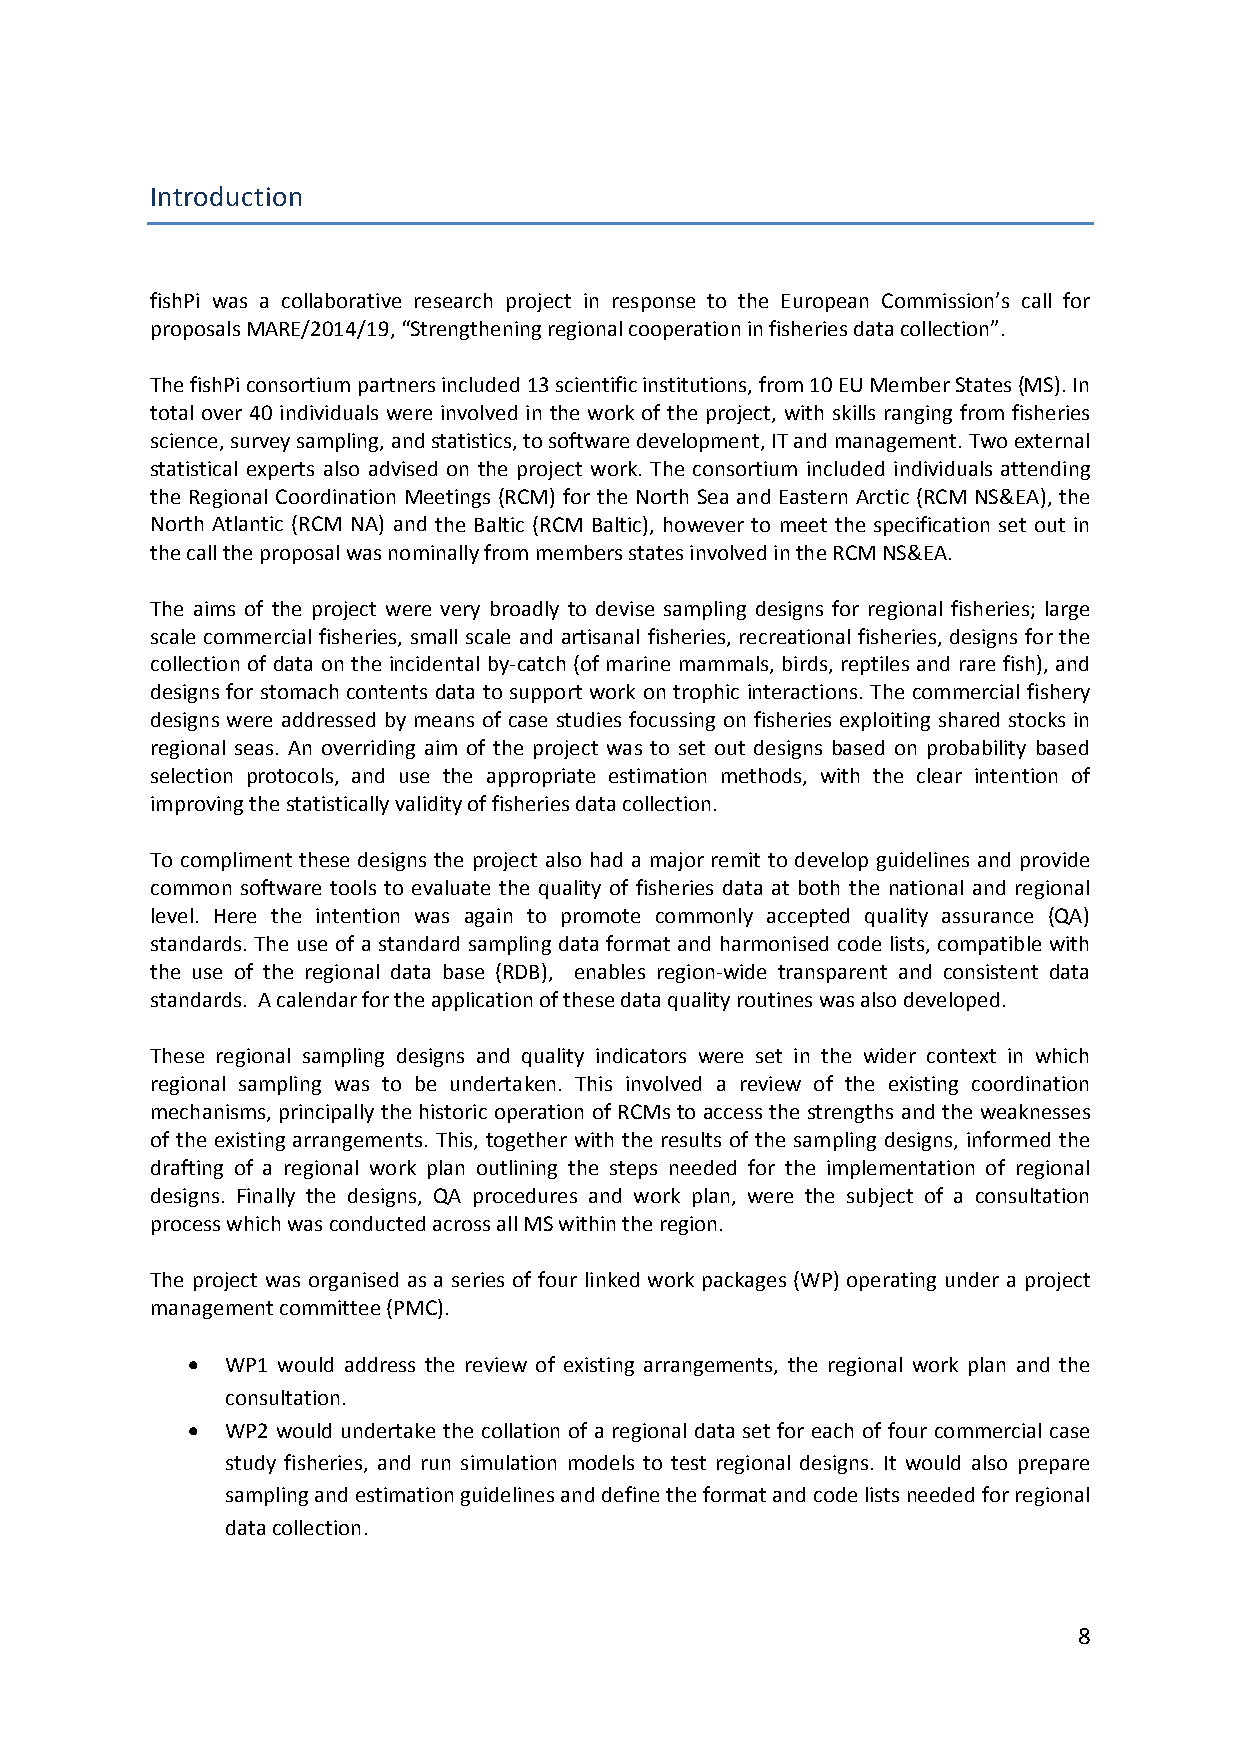
Introduction
 fishPi was a collaborative research project in response to the European Commission’s call for
 proposals MARE/2014/19, “Strengthening regional cooperation in fisheries data collection”.
 The fishPi consortium partners included 13 scientific institutions, from 10 EU Member States (MS). In
 total over 40 individuals were involved in the work of the project, with skills ranging from fisheries
 science, survey sampling, and statistics, to software development, IT and management. Two external
 statistical experts also advised on the project work. The consortium included individuals attending
 the Regional Coordination Meetings (RCM) for the North Sea and Eastern Arctic (RCM NS&EA), the
 North Atlantic (RCM NA) and the Baltic (RCM Baltic), however to meet the specification set out in
 the call the proposal was nominally from members states involved in the RCM NS&EA.
 The aims of the project were very broadly to devise sampling designs for regional fisheries; large
 scale commercial fisheries, small scale and artisanal fisheries, recreational fisheries, designs for the
 collection of data on the incidental by‐catch (of marine mammals, birds, reptiles and rare fish), and
 designs for stomach contents data to support work on trophic interactions. The commercial fishery
 designs were addressed by means of case studies focussing on fisheries exploiting shared stocks in
 regional seas. An overriding aim of the project was to set out designs based on probability based
 selection protocols, and use the appropriate estimation methods, with the clear intention of
 improving the statistically validity of fisheries data collection.
 To compliment these designs the project also had a major remit to develop guidelines and provide
 common software tools to evaluate the quality of fisheries data at both the national and regional
 level. Here the intention was again to promote commonly accepted quality assurance (QA)
 standards. The use of a standard sampling data format and harmonised code lists, compatible with
 the use of the regional data base (RDB), enables region‐wide transparent and consistent data
 standards. A calendar for the application of these data quality routines was also developed.
 These regional sampling designs and quality indicators were set in the wider context in which
 regional sampling was to be undertaken. This involved a review of the existing coordination
 mechanisms, principally the historic operation of RCMs to access the strengths and the weaknesses
 of the existing arrangements. This, together with the results of the sampling designs, informed the
 drafting of a regional work plan outlining the steps needed for the implementation of regional
 designs. Finally the designs, QA procedures and work plan, were the subject of a consultation
 process which was conducted across all MS within the region.
 The project was organised as a series of four linked work packages (WP) operating under a project
 management committee (PMC).
   WP1 would address the review of existing arrangements, the regional work plan and the
 consultation.
   WP2 would undertake the collation of a regional data set for each of four commercial case
 study fisheries, and run simulation models to test regional designs. It would also prepare
 sampling and estimation guidelines and define the format and code lists needed for regional
 data collection.
 8